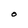
Character: O